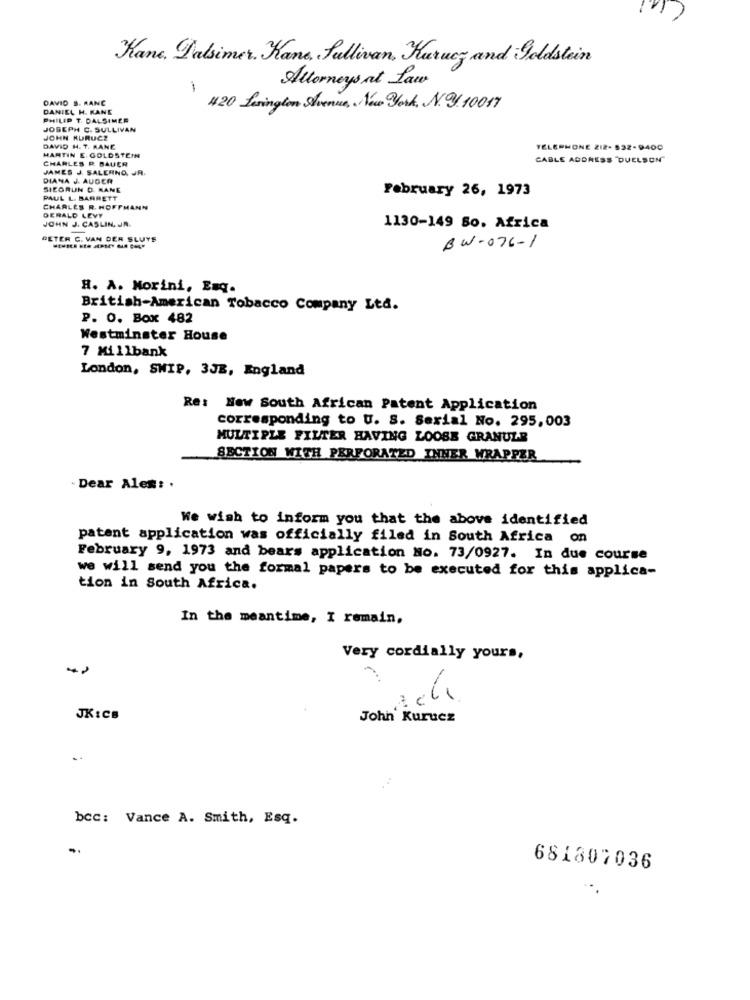
Kane, Falsimer. Kane, Sullivan, Kurue; and Goldstein
Attorneys at Law
DAVID S. RANC
DANIEL H. KANE
420 Lerington Avenue, New York, N. 9. 10017
PHILIP T. DALSIMER
JOSEPH C. SULLIVAN
JOHN KURUCZ
DAVID H. T. RANE
MARTIN E. GOLDSTEIN
TELEPHONE 212- 532-9400
CHARLES R. BAUER
CABLE ADDRESS "DUELSON"
JAMES J. SALERNO, JR.
DIANA J. AUGER
SIEGRUN D. KANE
February 26, 1973
PAUL L. BARRETT
CHARLES R. HOFFMANN
DERALD LEVY
JOHN J. CASLIN, JA.
1130-149 50. Africa
PETER C. VAN DER SLUYS
BW-076-1
H. A. Morini, Enq.
British-American Tobacco Company Ltd.
P. O. Box 482
Westminster House
7 Millbank
London, SWIP, 3JE, England
Re: New South African Patent Application
corresponding to U. S. Serial No. 295,003
MULTIPLE FILTER HAVING LOOSE GRANULE
SECTION WITH PERFORATED INHER WRAPPER
Dear Ales: .
We wish to inform you that the above identified
patent application was officially filed in South Africa on
February 9, 1973 and bears application No. 73/0927. In due course
we will send you the formal papers to be executed for this applica-
tion in South Africa.
In the meantime, I remain,
Very cordially yours,
-
JK:CB
John Kurucz
..
bcc: Vance A. Smith, Esq.
681807036